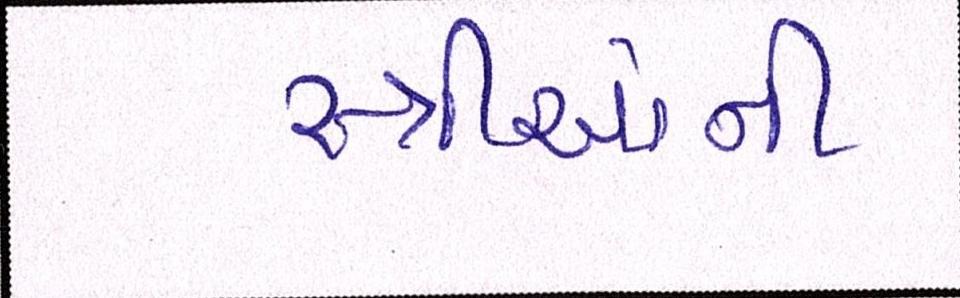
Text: સ્ત્રીઓની